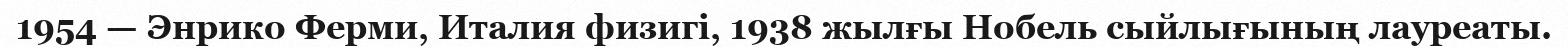
1954 — Энрико Ферми, Италия физигі, 1938 жылғы Нобель сыйлығының лауреаты.